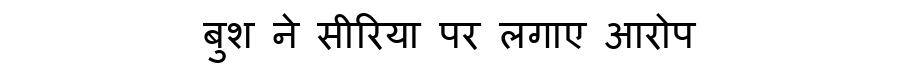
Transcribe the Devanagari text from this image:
बुश ने सीरिया पर लगाए आरोप